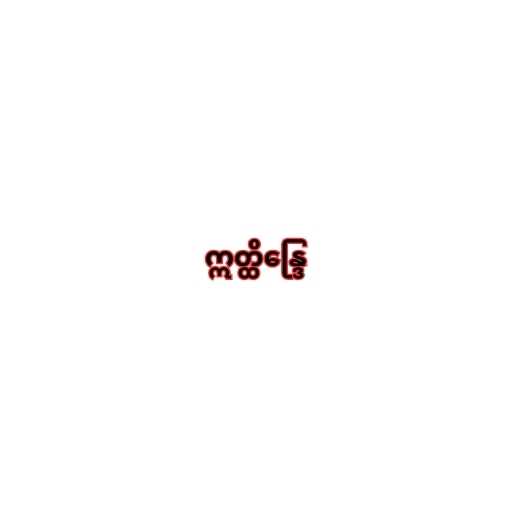
ဣတ္ထိန္ဒြေ